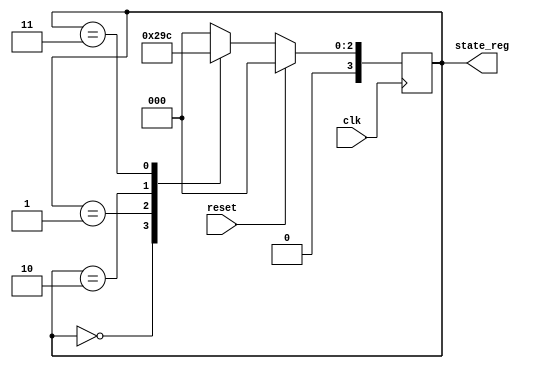
module state_machineUC (clk,reset,state_reg);
  input wire clk;
  input wire reset;
  output reg [3:0] state_reg;
  reg [3:0] state_next;
  parameter IDLE = 4'b0000, FETCH = 4'b0001, DECODE = 4'b0010, EXECUTE = 4'b0011,
  WRITE_BACK = 4'b0100;

/*   // Counter for tracking cycles spent in WB state
  reg [2:0] wb_counter; */

  always @(posedge clk) begin

    if (reset) begin
      state_reg <= IDLE;     // Set the initial state to IDLE
/*       wb_counter <= 0;       // Reset the WB counter */
    end
    else begin
      // Update the state based on the next state

      // Increment the WB counter if in the WRITE_BACK state
/*       if (state_reg == WRITE_BACK)
        wb_counter <= wb_counter + 1;
      else
        wb_counter <= 0;  // Reset the WB counter for other states */

      // Conditions to transition to the next state
    
    /*always@(state)*/ //vou ver se vamos precisar desse segundo always(acho que sim)
      case (state_reg)
        IDLE:
        begin
            state_next = FETCH;
          end
        FETCH:
         begin
            state_next = DECODE;
          end
        DECODE:
          begin
            state_next = EXECUTE;
          end
        EXECUTE:
          begin
            state_next = WRITE_BACK;
          end
        WRITE_BACK:
          /* if (wb_counter == 8) */
           begin  // Transition to IDLE after 8 cycles in WB state
            state_next = IDLE;
          end
        default: state_next = IDLE;  // Default transition to IDLE if no conditions are met
      endcase
            // state_next = state_reg;
            state_reg <= state_next;
    end
  end


endmodule

module UC (clk,state_reg,opcode,aluop,Mux1, Mux2, Mux4, weMem, weReg, wePc, weIR);

  input wire clk;
  input wire [3:0] state_reg;
  reg [3:0] state_next;
  input [6:0] opcode;
  output [1:0] aluop;
  reg [6:0] reg_opcode;
  output  Mux1, Mux4, weMem, weReg;
  output reg wePc;
  output [1:0] Mux2;
  output reg weIR;
  reg[8:0] control;
  //quem recebe a instruo  o FD
  parameter IDLE = 4'b0000, FETCH = 4'b0001, DECODE = 4'b0010, EXECUTE = 4'b0011,
  WRITE_BACK = 4'b0100;

  assign { weReg, weMem, Mux4, Mux2, Mux1, aluop} = control;

/*   // Counter for tracking cycles spent in WB state
  reg [2:0] wb_counter; */

  always @(posedge clk) begin

      case (state_reg)
        IDLE:
        begin


          end
        FETCH:
         begin
          weIR=1;
            //vai passar um sinal que vai permitir gravar a instruo da memria no IR e  l que vai distrinchar as partes
          end
        DECODE:
          begin
          weIR=0;
  
          reg_opcode<=opcode;
            //vai pegar o opcode
          end
        EXECUTE:
        begin
            case(reg_opcode)
              7'b0000011: control <= 8'b10000000;
              7'b0100011: control <= 8'b01000000;
              7'b0110011: control <= 8'b10x01110;
              default: control <=  8'bxxxxxxxx;
              endcase
              weIR =0;
              wePc =1;

              // (Opcode == 7'b0110011) ? 8'b1,1,1,0,0,01,1 : // Add - weIR-1b,wePc-1b,weReg-1b,weMem-1b,Mux4-1n,Mux2-2b,Mux1-1b
              // (Opcode == 7'b0110011) ? 8'b001000010 : // Store
              // (Opcode == 7'b0100011) ? 8'b1x0010000 : // s-type
              // (Opcode == 7'b1100011) ? 8'b0x0001001 : // sb-type
              // (Opcode == 7'b0010011) ? 8'b101000011 : // I-type
              // (Opcode == 7'b1100111) ? 8'b111xx0100 : // jalr-type
              // (Opcode == 7'b1101111) ? 8'b111xx0100 : // jal-type
              
                      //vai fazer efetivamente as aes(parte do luiz)
        end   
        WRITE_BACK:
          /* if (wb_counter == 8) */
           begin  // Transition to IDLE after 8 cycles in WB state
           
          end
      endcase
    end


endmodule

module ALUControl(
input [1:0] aluop,
input funct7, input [2:0] funct3,
output [3:0] control);

assign control = (aluop == 2'b10 && {funct7,funct3} == 4'b0000) ?  4'b0010: // ADD
                 (aluop == 2'b10 && {funct7,funct3} == 4'b0110) ? 4'b0110: // SUB
                 (aluop == 2'b00) ? 4'b0010: // outras
                 (aluop == 2'b01) ? 4'b0110: // outras
                                    4'bxxxx; // default

endmodule